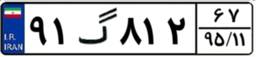
۴۴گ۲۲۳۲۷